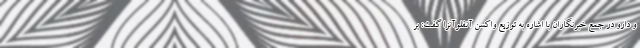
و دارو در جمع خبرنگاران با اشاره به توزیع واکسن آنفلوآنزا گفت: بر